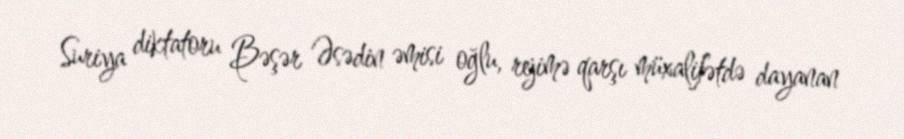
Suriya diktatoru Bəşər Əsədin əmisi oğlu, rejimə qarşı müxalifətdə dayanan